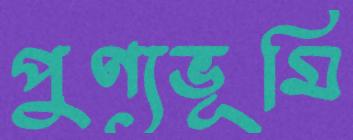
পুণ্যভূমি